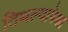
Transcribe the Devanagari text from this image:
तिथल्यापेक्षा